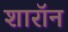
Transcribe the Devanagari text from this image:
शारॉन